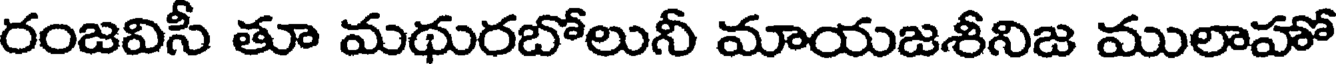
రంజవిసీ తూ మథురబోలునీ మాయజశీనిజ ములాహో